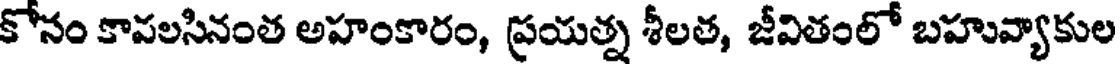
కోనం కాపలసినంత అహంకారం, ప్రయత్న శీలత, జీవితంలో బహువ్యాకుల